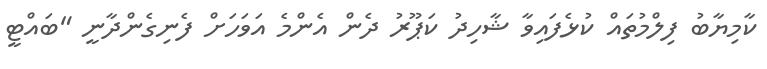
ކާމިޔާބު ފިލްމުތައް ކުޅެފައިވާ ޝާހިދު ކަޕޫރު ދެން އެންމެ އަވަހަށް ފެނިގެންދާނީ "ބައްޓީ